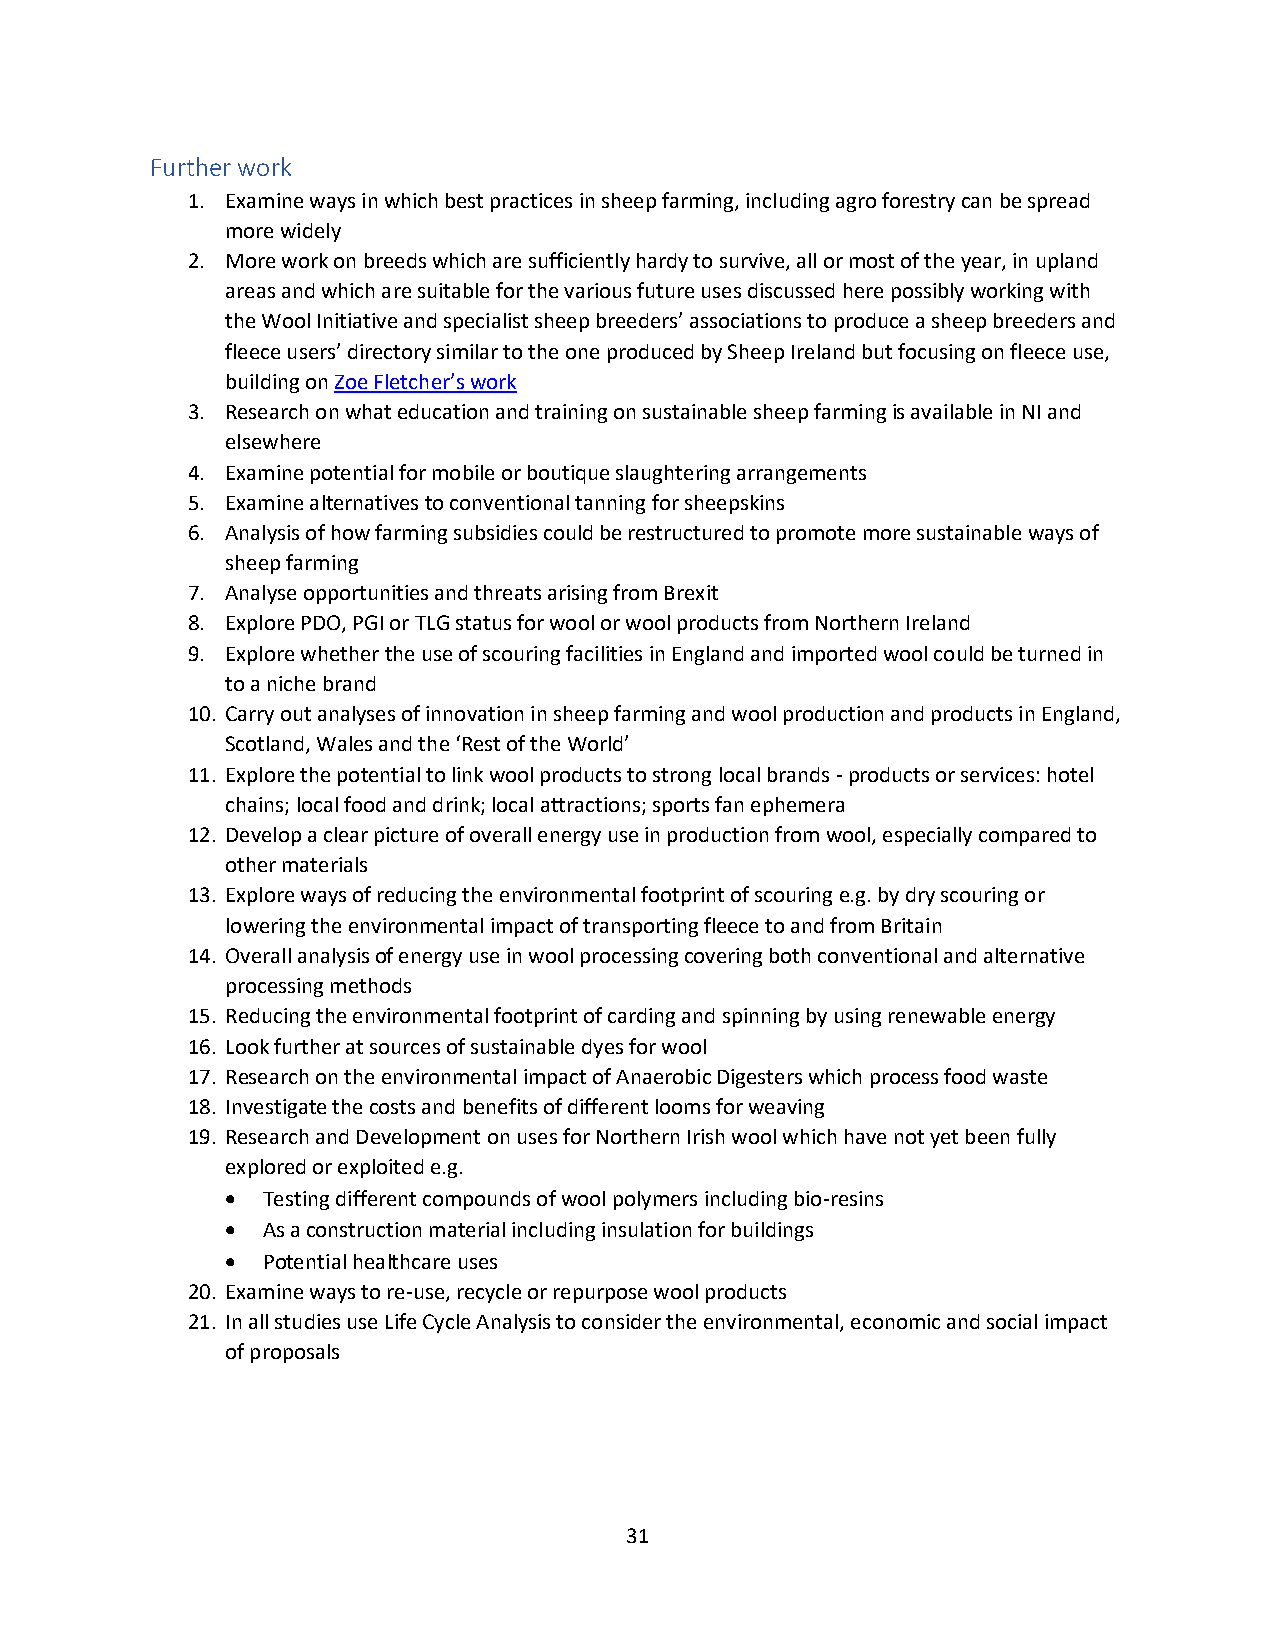
Further work
 1. Examine ways in which best practices in sheep farming, including agro forestry can be spread
 more widely
 2. More work on breeds which are sufficiently hardy to survive, all or most of the year, in upland
 areas and which are suitable for the various future uses discussed here possibly working with
 the Wool Initiative and specialist sheep breeders’ associations to produce a sheep breeders and
 fleece users’ directory similar to the one produced by Sheep Ireland but focusing on fleece use,
 building on Zoe Fletcher’s work
 3. Research on what education and training on sustainable sheep farming is available in NI and
 elsewhere
 4. Examine potential for mobile or boutique slaughtering arrangements
 5. Examine alternatives to conventional tanning for sheepskins
 6. Analysis of how farming subsidies could be restructured to promote more sustainable ways of
 sheep farming
 7. Analyse opportunities and threats arising from Brexit
 8. Explore PDO, PGI or TLG status for wool or wool products from Northern Ireland
 9. Explore whether the use of scouring facilities in England and imported wool could be turned in
 to a niche brand
 10. Carry out analyses of innovation in sheep farming and wool production and products in England,
 Scotland, Wales and the ‘Rest of the World’
 11. Explore the potential to link wool products to strong local brands - products or services: hotel
 chains; local food and drink; local attractions; sports fan ephemera
 12. Develop a clear picture of overall energy use in production from wool, especially compared to
 other materials
 13. Explore ways of reducing the environmental footprint of scouring e.g. by dry scouring or
 lowering the environmental impact of transporting fleece to and from Britain
 14. Overall analysis of energy use in wool processing covering both conventional and alternative
 processing methods
 15. Reducing the environmental footprint of carding and spinning by using renewable energy
 16. Look further at sources of sustainable dyes for wool
 17. Research on the environmental impact of Anaerobic Digesters which process food waste
 18. Investigate the costs and benefits of different looms for weaving
 19. Research and Development on uses for Northern Irish wool which have not yet been fully
 explored or exploited e.g.
 • Testing different compounds of wool polymers including bio-resins
 • As a construction material including insulation for buildings
 • Potential healthcare uses
 20. Examine ways to re-use, recycle or repurpose wool products
 21. In all studies use Life Cycle Analysis to consider the environmental, economic and social impact
 of proposals
 31